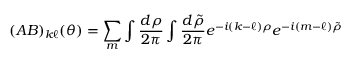
( A B ) _ { k \ell } ( \theta ) = \sum _ { m } \int { \frac { d \rho } { 2 \pi } } \int { \frac { d \tilde { \rho } } { 2 \pi } } e ^ { - i ( k - \ell ) \rho } e ^ { - i ( m - \ell ) \tilde { \rho } }